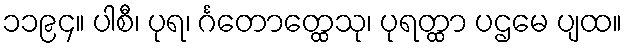
၁၁၉၄။ ပါစီ၊ ပုရ၊ င်္ဂတောတ္ထေသု၊ ပုရတ္ထာ ပဌမေ ပျထ။